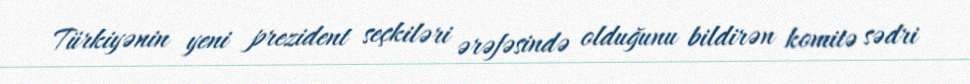
Türkiyənin yeni prezident seçkiləri ərəfəsində olduğunu bildirən komitə sədri